Report on the administration of the Government Cinchona Department 1892-98
Year: 1892
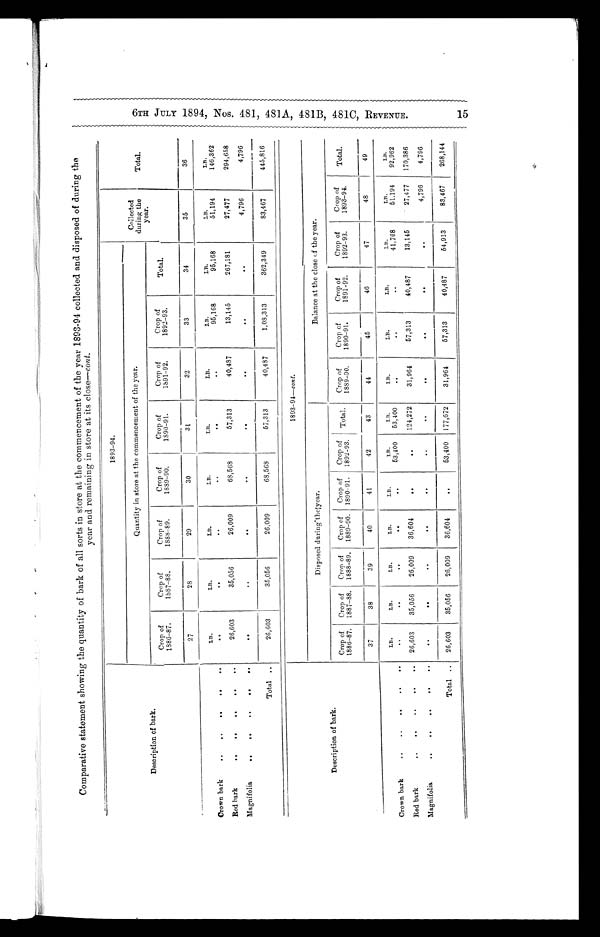
Comparative statement showing the quantity of bark of all sorts in store at the commencement of the year 1893-94 collected and disposed of during the
year and remaining in store at its close-cont.
1893-94.
Quantity in store at the commencement of the year.
Collected
Description of bark.
during the
year.
Total.
Crop of
Crop of
Crop of
Crop of
Crop of
Crop of
Crop of
1886-87.
1887-88.
1888-89.
1889-90.
1890-91.
1891-92.
1892-93.
Total.
27
28
29
30
31
32
33
34
35
36
LB.
LB.
LB.
LB.
LB.
LB.
LB.
LB.
LB.
LB.
Crown bark
..
• .
..
..
..
..
. .
..
..
..
..
95,168
95,168
51,194
146,362
Red bark
26,603
35,056
26,009
68,568
57,313
40,487
13,145
267,181
27,477
294,658
Magnifolia
..
..
..
. .
..
..
. .
. .
4,796
4,796
Total
26,603
35,056
26,009
68,568
5 7 , 3 1 3
40,487
1,08,313
362,349
83,467
445,816
Disposed during the year.
Balance at the close of the year.
Description of bark.
Crop of
Crop of
Crop of
Crop of
Crop of
Crop of
Crop of
Crop of
Crop of
Crop of
Crop of
1886-87.
1887-88.
1888-89.
1889-90.
1890-91.
. Total.
1892-93.
1889-90.
1890-91.
1891-92.
1892-93.
1893-94.
Total.
37
38
39
40
41
42
43
44
45
46
47
48
49
LB.
LB.
LB.
LB.
LB.
LB.
LB.
LB.
LB.
LB.
LB.
LB.
LB.
Crown bar
..
..
.
..
..
. .
..
..
..
..
53,400
53,400
..
..
..
41,768
51.194
92,962
Red bar
.. ..
..
..
26,603
35,056
26,009
36,604
..
. . 124,272
31,964
57,313
40,487
13,145
27,477
170,386
Magnifolia
..
..
..
. .
. .
..
. .
..
..
. .
..
4,796
4,796
Total
26,603
35,056
26,009
36,604
..
53,400
177,672
31,964
57,313
40,487
54,913
83,467
268,144
0:1
sd
00
co
FP
C
00
Go
Go
C..T1